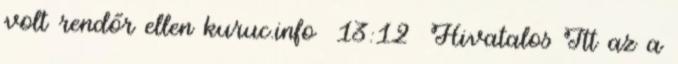
volt rendőr ellen kuruc.info 13:12 Hivatalos Itt az a